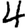
Digit: 4